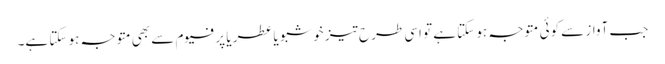
جب آواز سے کوئی متوجہ ہو سکتا ہے تو اسی طرح تیز خوشبو یا عطر یا پرفیوم سے بھی متوجہ ہو سکتا ہے۔